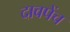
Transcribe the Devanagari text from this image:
दावपेंच